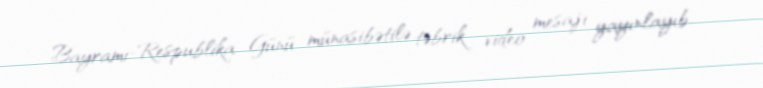
Bayramı-Respublika Günü münasibətilə təbrik video mesajı yayınlayıb.